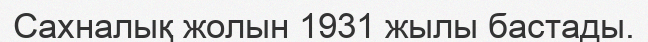
Сахналық жолын 1931 жылы бастады.